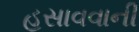
હસાવવાની